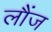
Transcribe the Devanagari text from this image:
लौंज